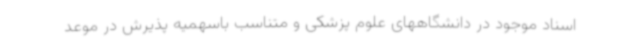
اسناد موجود در دانشگاههای علوم پزشکی و متناسب باسهمیه پذیرش در موعد